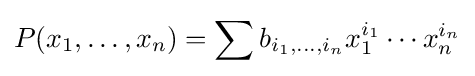
P(x_{1},\ldots ,x_{n})=\sum b_{i_{1},\ldots ,i_{n}}x_{1}^{i_{1}}\cdots x_{n}^{i_{n}}